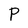
Character: P